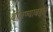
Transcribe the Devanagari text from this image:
बोलण्याबद्दल